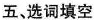
五 选词填空